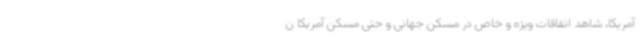
آمریکا، شاهد اتفاقات ویژه و خاص در مسکن جهانی و حتی مسکن آمریکا ن